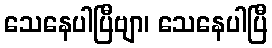
သေနေပါပြီဗျာ၊ သေနေပါပြီ